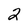
Character: 2